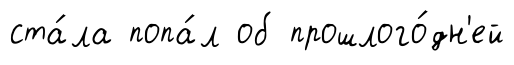
ста́ла попа́л об прошлого́дн'ей